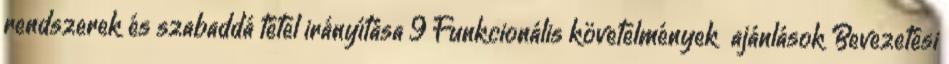
rendszerek és szabaddá tétel irányítása 9 Funkcionális követelmények ajánlások Bevezetési